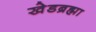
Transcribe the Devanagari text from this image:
खेडब्रह्मा